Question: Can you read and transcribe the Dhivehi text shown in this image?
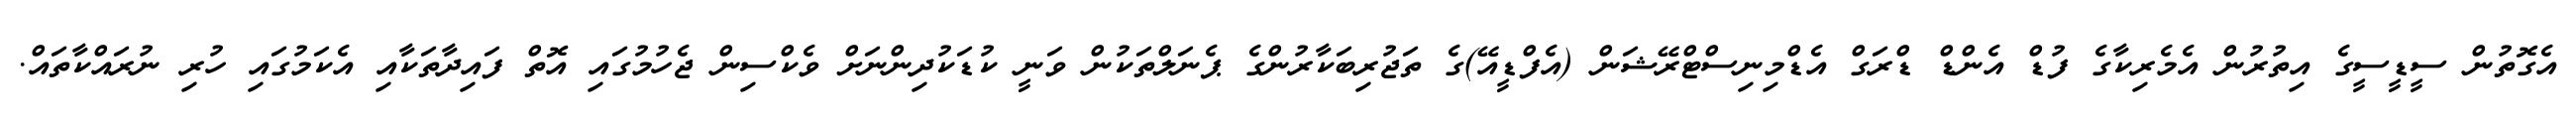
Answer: އެގޮތުން ސީޑީސީގެ އިތުރުން އެމެރިކާގެ ފުޑް އެންޑް ޑްރަގް އެޑްމިނިސްޓްރޭޝަން (އެފްޑީއޭ)ގެ ތަޖުރިބަކާރުންގެ ޕެނަލްތަކުން ވަނީ ކުޑަކުދިންނަށް ވެކްސިން ޖެހުމުގައި އޮތް ފައިދާތަކާއި އެކަމުގައި ހުރި ނުރައްކާތައް.